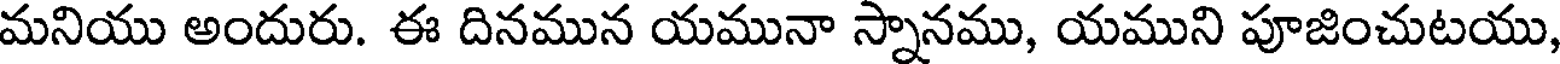
మనియు అందురు. ఈ దినమున యమునా స్నానము, యముని పూజించుటయు,